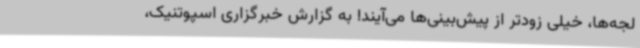
لجه‌ها، خیلی زودتر از پیش‌بینی‌ها می‌آیند! به گزارش خبرگزاری اسپوتنیک،